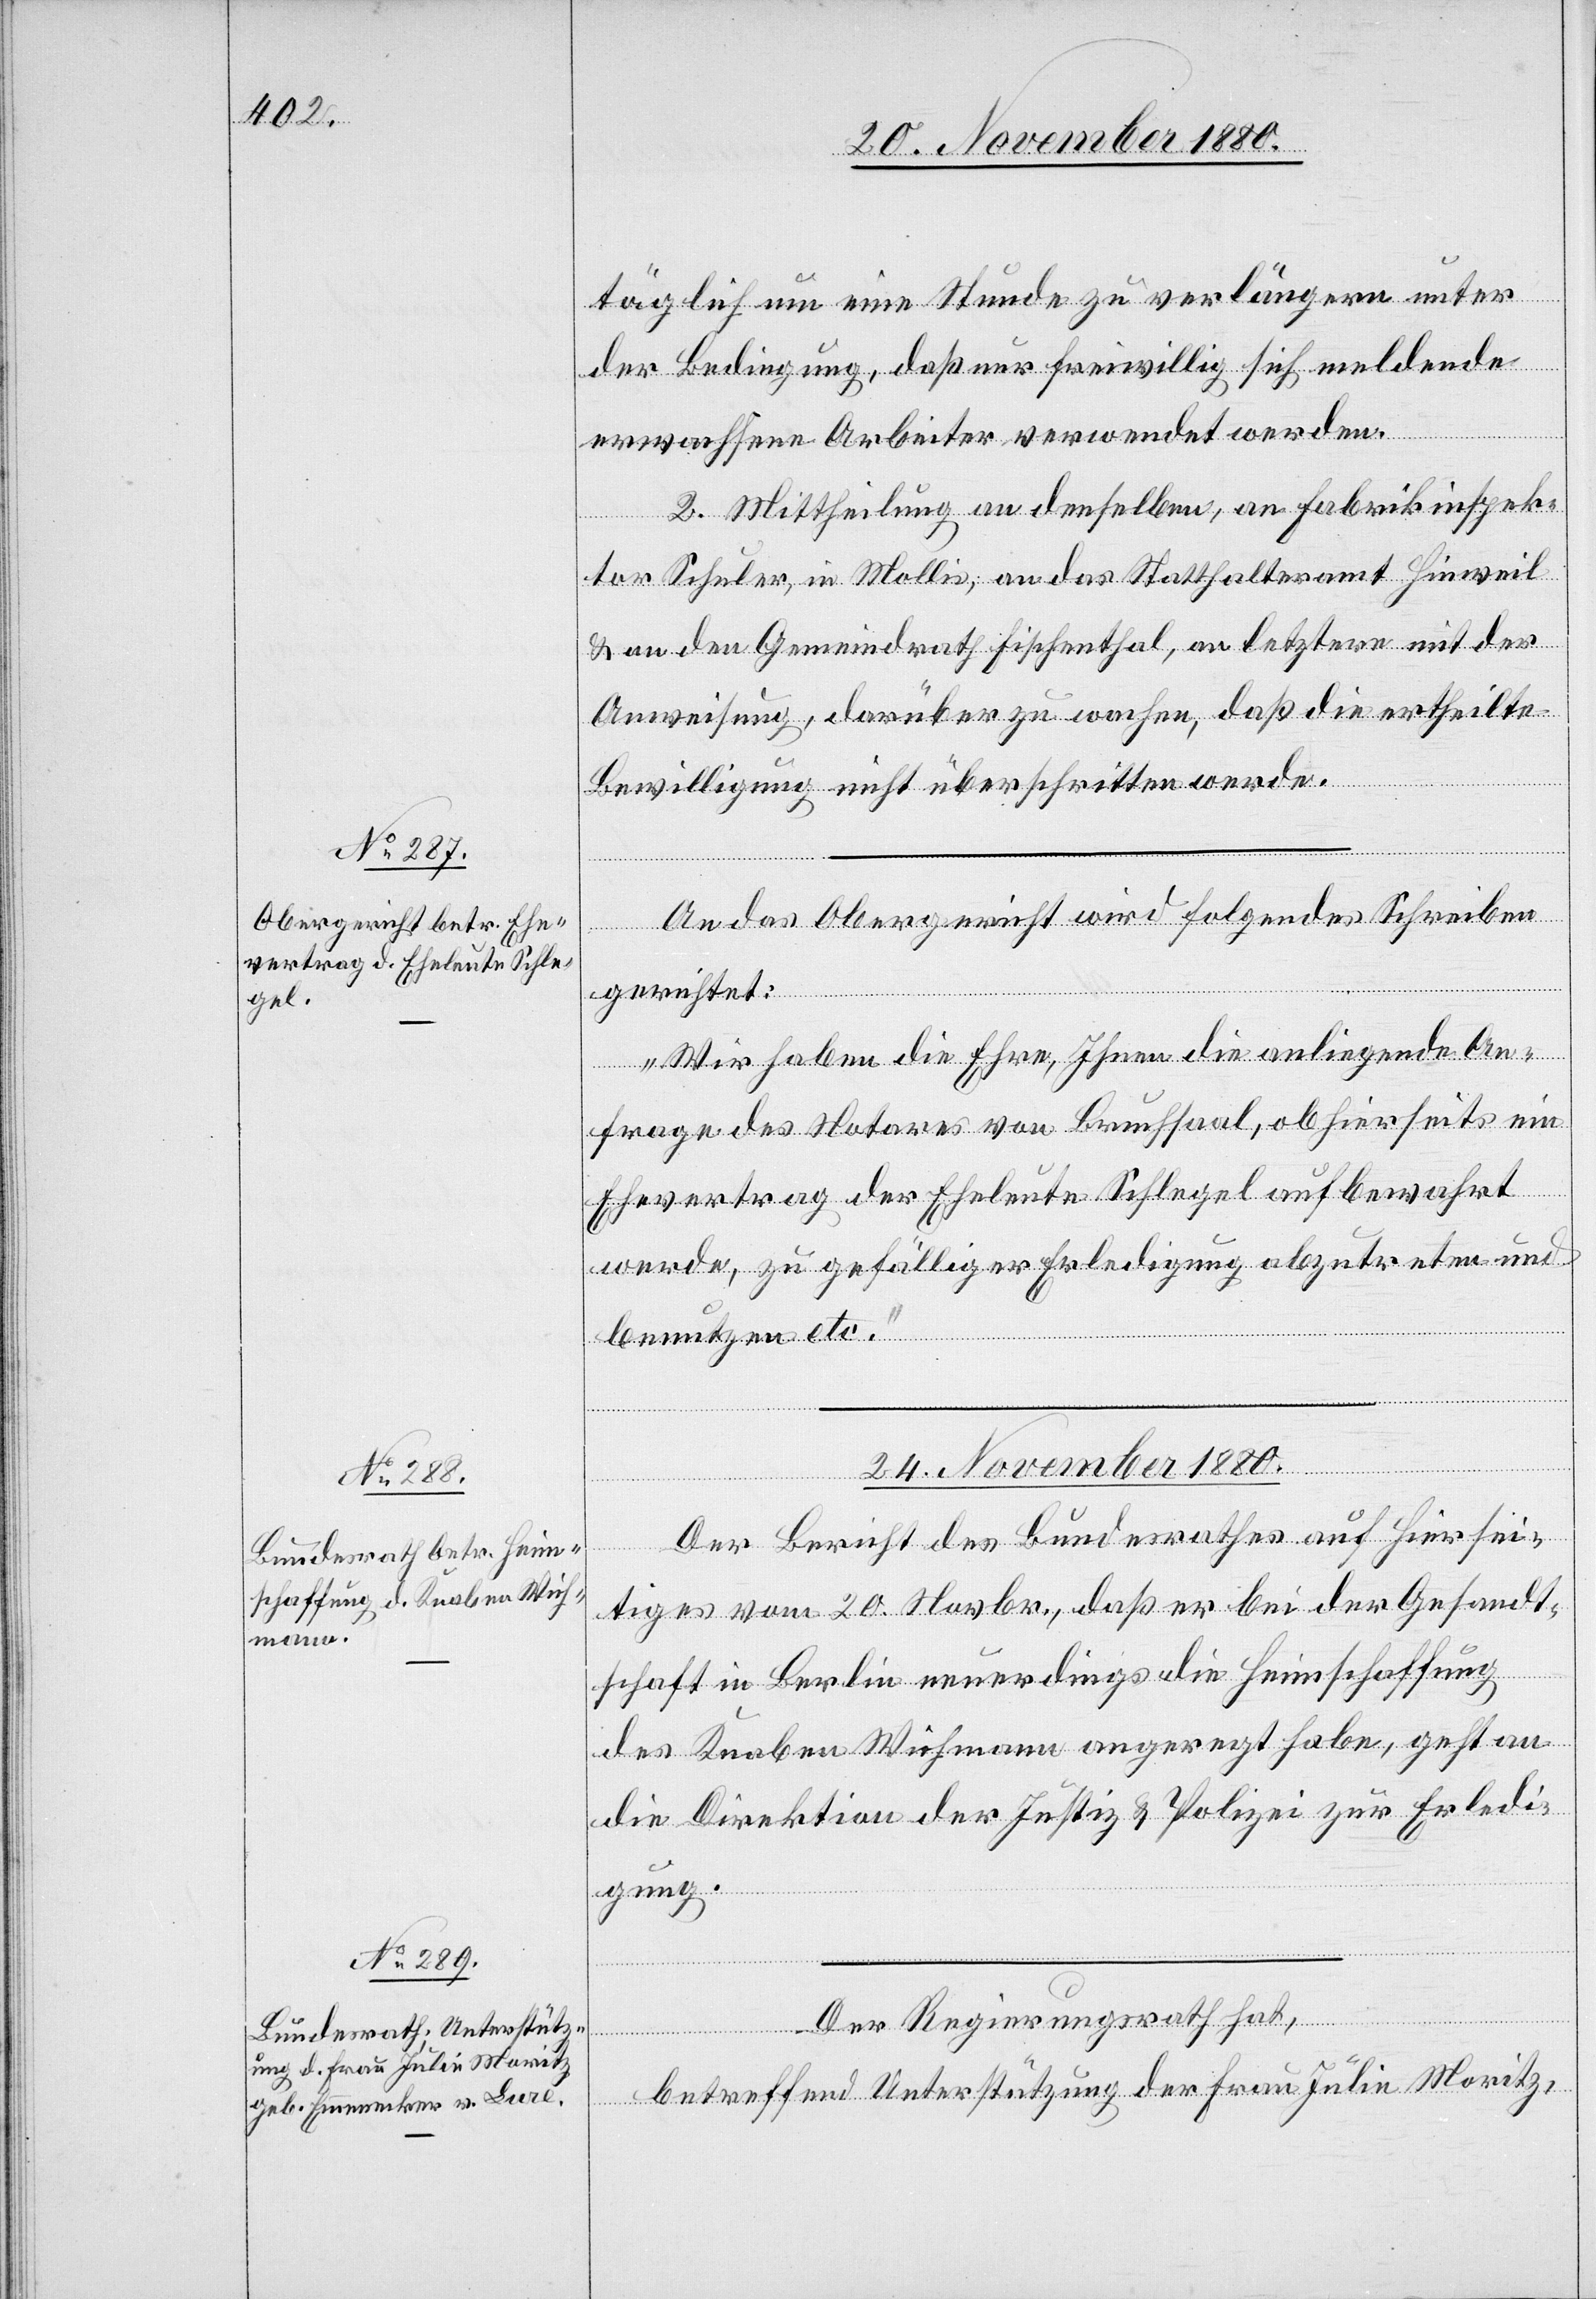
23. November 1880.]
täglich um eine Stunde zu verlängern unter
der Bedingung, daß nur freiwillig sich meldende
erwachsene Arbeiter verwendet werden.
2. Mittheilung an denselben, an Fabrikinspek¬
tor Schuler, in Mollis, an das Statthalteramt Hinweil
& an den Gemeindrath Fischenthal, an letztern mit der
Anweisung, darüber zu wachen, daß die ertheilte
Bewilligung nicht überschritten werde.
An das Obergericht wird folgendes Schreiben
gerichtet:
„Wir habe die Ehre, Ihnen die anliegende An¬
frage des Notars von Bruchsaal, ob hierseits ein
Ehevertrag der Eheleute Schlegel aufbewahrt
werde, zu gefälliger Erledigung abzutreten und
benutzen etc.“
24. November 1880.]
Der Bericht des Bundesrathes auf Hiersei¬
tiges vom 20. Novbr., daß er bei der Gesandt¬
schaft in Berlin neuerdings die Heimschaffung
des Knaben Wichmann angeregt habe, geht an
die Direktion der Justiz & Polizei zur Erledi¬
gung.
Der Regierungsrath hat,
betreffend Unterstützung der Frau Julie Moritz,